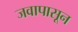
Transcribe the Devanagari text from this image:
जवापासून